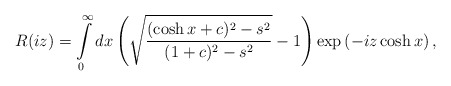
\begin{align*}R(iz)=\int\limits_{0}^{\infty}dx\left(\sqrt{\frac{(\cosh x+c)^2-s^2}{(1+c)^2-s^2}}-1 \right)\exp \left( -iz\cosh x \right),\end{align*}